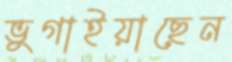
ভুগাইয়াছেন